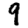
Digit: 9